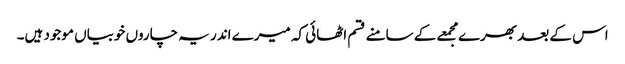
اس کے بعد بھرے مجمعے کے سامنے قسم اٹھائی کہ میرے اندر یہ چاروں خوبیاں موجود ہیں۔